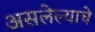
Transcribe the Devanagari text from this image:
असलेल्याचे